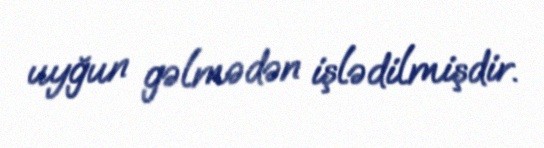
uyğun gəlmədən işlədilmişdir.